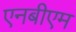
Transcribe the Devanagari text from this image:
एनबीएम